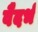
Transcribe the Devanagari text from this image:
वैदर्भ